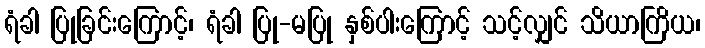
ရံခါ ပြုခြင်းကြောင့်၊ ရံခါ ပြု-မပြု နှစ်ပါးကြောင့် သင့်လျှင် သိယာကြိယ၊